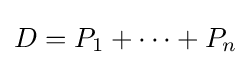
D=P_{1}+\dots +P_{n}